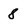
Character: 8